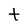
Character: t